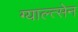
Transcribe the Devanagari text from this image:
ग्याल्त्सेन